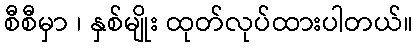
စီစီမှာ ၊ နှစ်မျိုး ထုတ်လုပ်ထားပါတယ်။